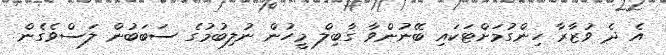
އެ ދެ ވުޒާރާ ހިންގުމަށްޓަކައި ބޭނުންވާ ގާބިލް މީހުން ނުލިބުމުގެ ސަބަބުން ލަސްވެގެން